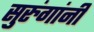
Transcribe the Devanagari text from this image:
सुरुंगांनी